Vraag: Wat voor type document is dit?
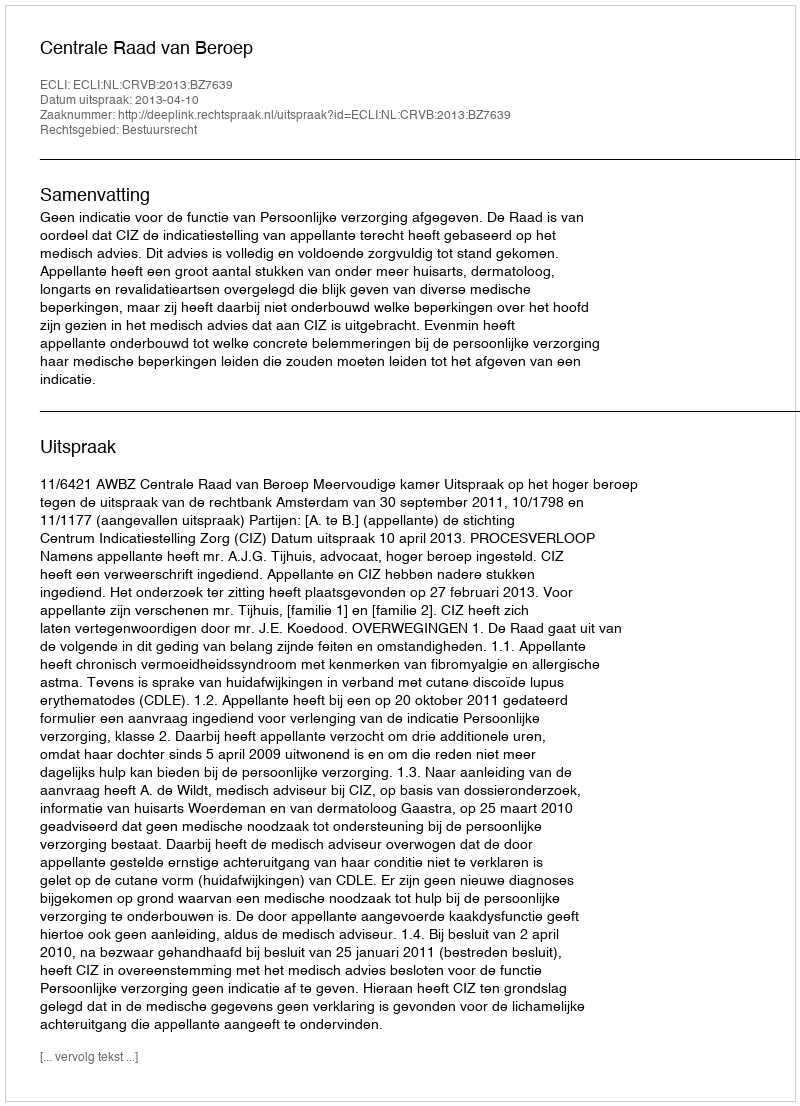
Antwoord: Uitspraak